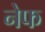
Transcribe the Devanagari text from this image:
नेफ